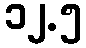
၁၂.၅